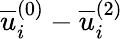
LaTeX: \overline{{u}}_{i}^{(0)}-\overline{{u}}_{i}^{(2)}